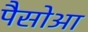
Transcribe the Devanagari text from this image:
पैसोआ